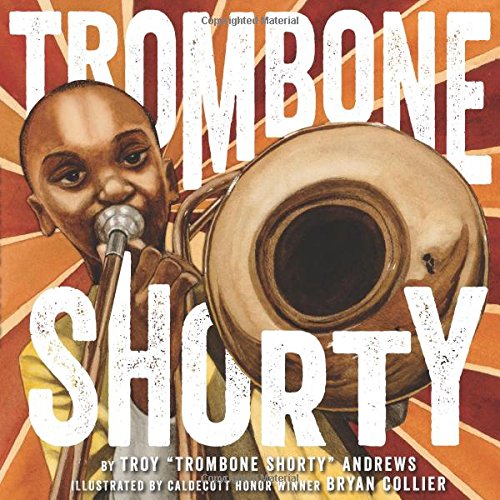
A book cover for Trombone Shorty; Troy Andrews; Children's Books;